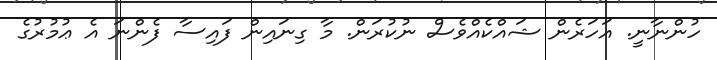
ހުންނާނީ. އަހަރެން ޝައްކެއްވެސް ނުކުރަން. މާ ގިނައިން ފައިސާ ފެންނަ އެ ޢުމުރުގެ